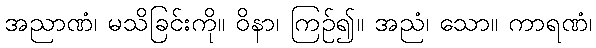
အညာဏံ၊ မသိခြင်းကို။ ဝိနာ၊ ကြဉ်၍။ အညံ၊ သော။ ကာရဏံ၊